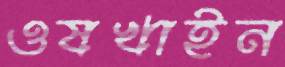
ওষখাইন